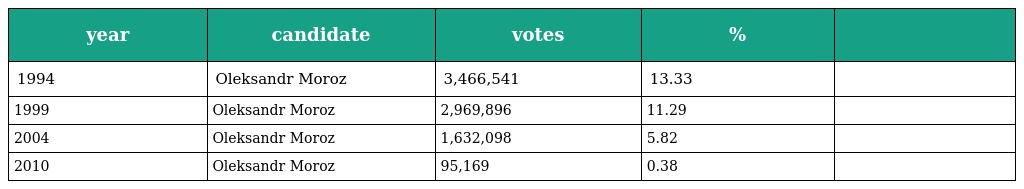
| year | candidate | votes | % |  |
 | --- | --- | --- | --- | --- |
 | 1994 | Oleksandr Moroz | 3,466,541 | 13.33 |  |
 | 1999 | Oleksandr Moroz | 2,969,896 | 11.29 |  |
 | 2004 | Oleksandr Moroz | 1,632,098 | 5.82 |  |
 | 2010 | Oleksandr Moroz | 95,169 | 0.38 |  |